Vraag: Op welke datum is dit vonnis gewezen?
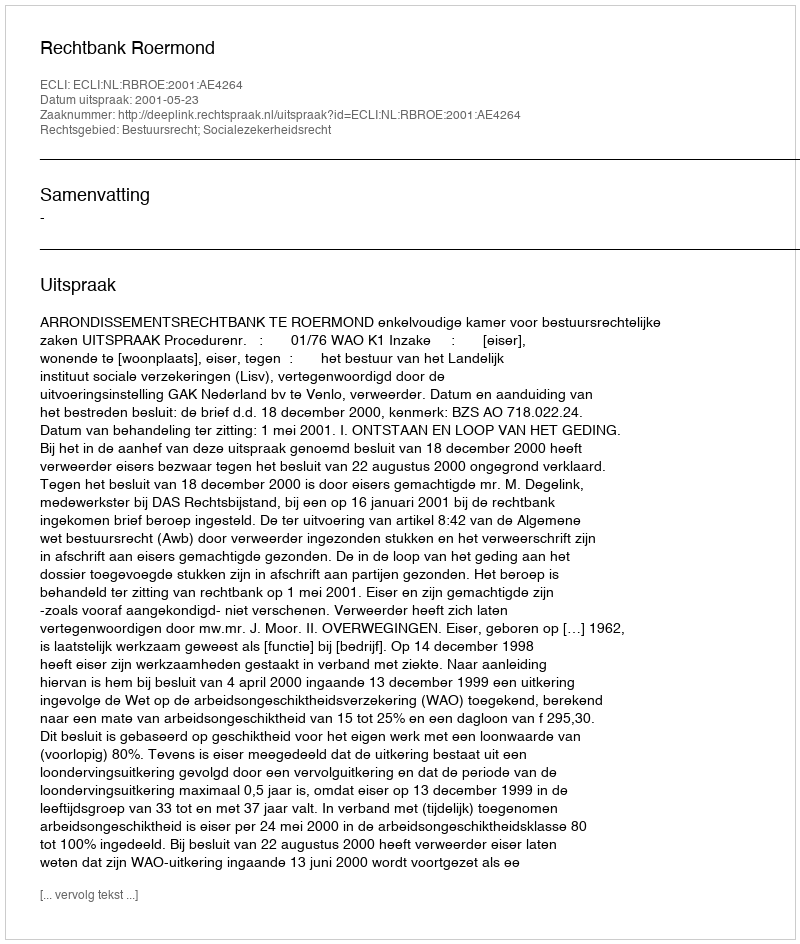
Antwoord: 2001-05-23